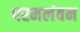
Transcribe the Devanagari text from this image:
परमलंबन